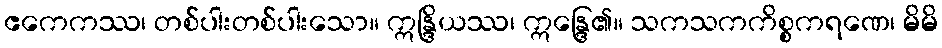
ဧကေကဿ၊ တစ်ပါးတစ်ပါးသော။ ဣန္ဒြိယဿ၊ ဣန္ဒြေ၏။ သကသကကိစ္စကရဏေ၊ မိမိ